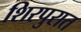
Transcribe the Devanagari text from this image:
शिरपुरात